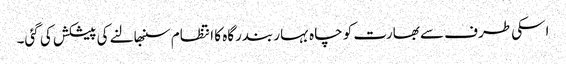
اسکی طرف سے بھارت کو چاہ بہار بندرگاہ کا انتظام سنبھالنے کی پیشکش کی گئی۔